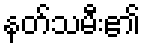
နတ်သမီး၏